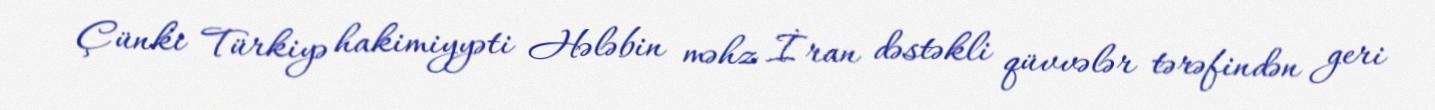
Çünki Türkiyə hakimiyyəti Hələbin məhz İran dəstəkli qüvvələr tərəfindən geri